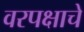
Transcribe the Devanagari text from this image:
वरपक्षाचे